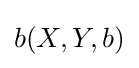
b(X,Y,b)